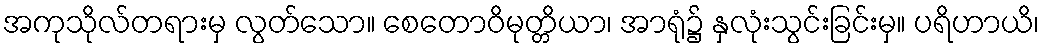
အကုသိုလ်တရားမှ လွတ်သော။ စေတောဝိမုတ္တိယာ၊ အာရုံ၌ နှလုံးသွင်းခြင်းမှ။ ပရိဟာယိ၊